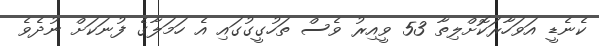
ކެނެޑީ އަވަހާރަކޮށްލިތާ 53 ވީއިރު ވެސް ތަހުގީގުގައި އެ ހަމަލާގެ ފުނަކަށް ނުދެވެ